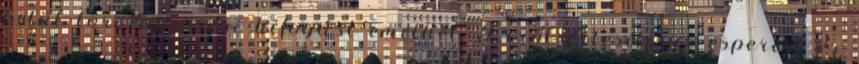
belül törvényességi kifogást emelhet. Erről értesíti az esperest és